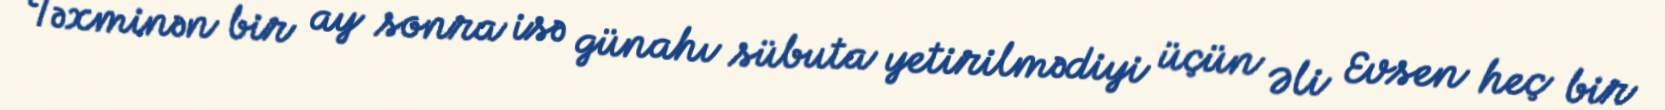
Təxminən bir ay sonra isə günahı sübuta yetirilmədiyi üçün Əli Evsen heç bir